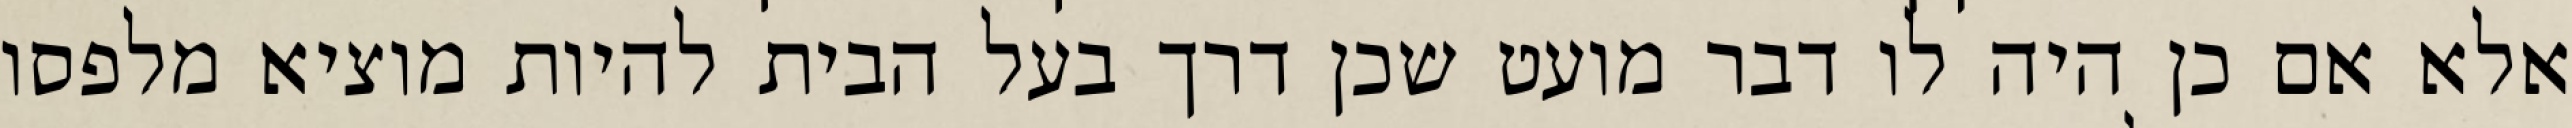
אלא אם כן היה לו דבר מועט שכן דרך בעל הבית להיות מוציא מלפסו